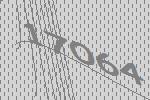
17064